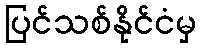
ပြင်သစ်နိုင်ငံမှ